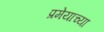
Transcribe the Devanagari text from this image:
प्रमेयाच्या